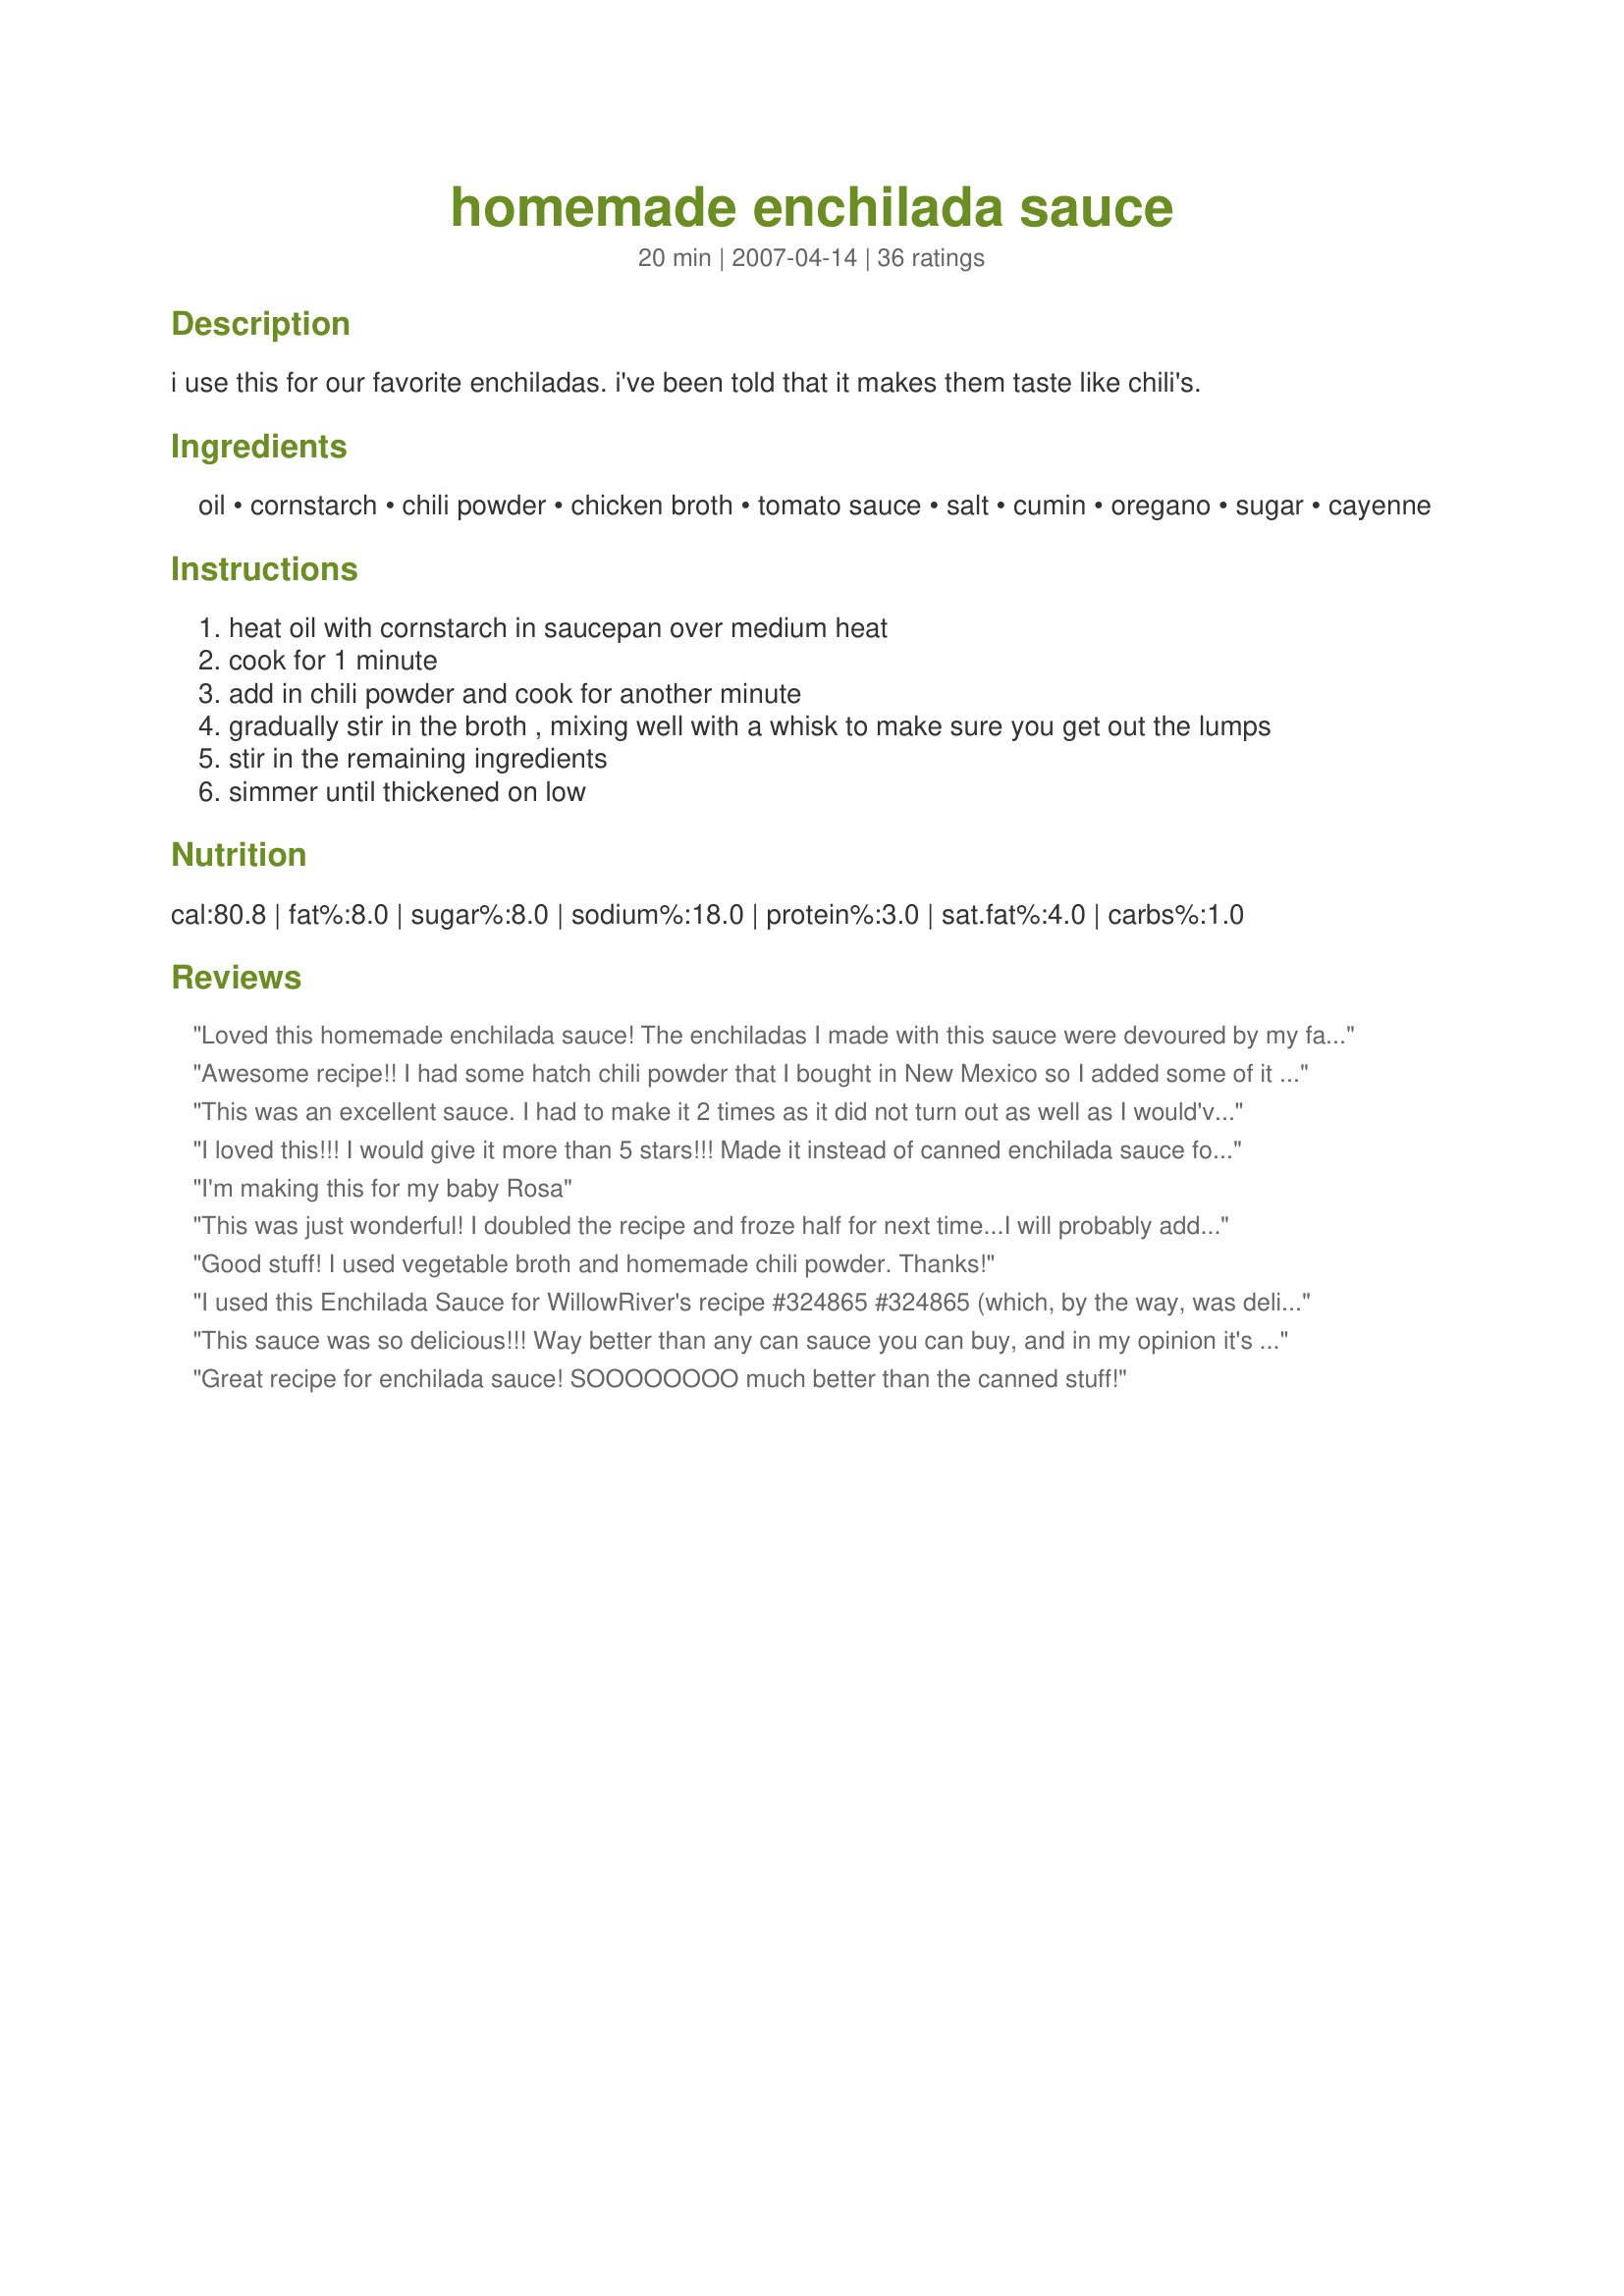
homemade enchilada sauce
Preparation time: 20 minutes

i use this for our favorite enchiladas. i've been told that it makes them taste like chili's.

Ingredients:
oil, cornstarch, chili powder, chicken broth, tomato sauce, salt, cumin, oregano, sugar, cayenne

Steps:
heat oil with cornstarch in saucepan over medium heat
cook for 1 minute
add in chili powder and cook for another minute
gradually stir in the broth , mixing well with a whisk to make sure you get out the lumps
stir in the remaining ingredients
simmer until thickened on low

Reviews:
Loved this homemade enchilada sauce! The enchiladas I made with this sauce were devoured by my family. I am saving this recipe and will definitely be making it again. Thank you for sharing!!!
Awesome recipe!! I had some hatch chili powder that I bought in New Mexico so I added some of it to this recipe. It gave it a slightly smokey flavor that was delicious! I doubled the recipe and made about 20 enchiladas. I will definitely use this recipe whenever I need enchilada sauce- thanks for posting it.
This was an excellent sauce. I had to make it 2 times as it did not turn out as well as I would've liked the first time. The second time I used butter instead of oil and I did not cook the mixture for a minute after I added the chili powder... it was delicious!
I loved this!!! I would give it more than 5 stars!!! Made it instead of canned enchilada sauce for Recipe #187569 and will probably never buy the canned again. It was easy to make and the result.. Well homemade. I'm so glad I have this recipe now... Thanks for sharing. (Made for March Bevy Tag)
I'm making this for my baby Rosa
This was just wonderful! I doubled the recipe and froze half for next time...I will probably add this to my OAMC collection - would be great to have on hand in the freezer just to pull out when needed. Although DH and I love spicy things, I did not add the cayenne for my children's sake. Made for Potluck Tag march 2008.
Good stuff! I used vegetable broth and homemade chili powder. Thanks!
I used this Enchilada Sauce for WillowRiver's recipe #324865 #324865 (which, by the way, was delicious). The sauce was wonderful! Thanks for a great, simple recipe! Made for I Recommend Tag Game, 2/18/09 - NELady.
This sauce was so delicious!!! Way better than any can sauce you can buy, and in my opinion it's better than any restuarant! I doubled the recipe, however I used only a pinch of oregano.
Great recipe for enchilada sauce! SOOOOOOOO much better than the canned stuff!
AWESOME!!! AWESOME!!! AWESOME!!! What else can you say???? This sauce was amazing. We are from the SW and just couldn't duplicate the awesome flavor of homemade enchilada sauce until now. I doubled the recipe for a 9x13 pan about 20 single rolled enchiladas and had a bit left over. This sauce is perfect, you will not be disappointed!! Thanks for sharing SweetsLady!
Perfect! I made this in advance and kept it in the fridge for a few days before using in my enchiladas - delicious!! Made for Recipe Swap#14 in the Aus/NZ forum
AMAZING!!!!!!!!!!!!!!!!!!!!!!!!!!!!!!!!!!!!!!!!!!!!!!!!! This is the first sauce I ever attempted to make from scratch and it will forever be the recipe I use. Perfect flavor (I used 1/8 cup chili powder which gave it the perfect spice... not too hot, not too mild). Nothing but good things to say. I could go on forever.
This recipe is very easy to do. And the taste is so good. I used it in recipe#203919. I used 1/8 cup of chili powder. I omitted the salt. Thanks SweetsLady :) Made for PRMR tag game
Very good and easy to make. I had never made enchilada sauce before. I followed the recipe as written except I didn't add the cayenne as I don't like things too spicy. Will be using this recipe in the future when I need enchilada sauce.
I give 2 stars because I'm not sure if it was just me. I believe I am a pretty good cook and I couldn't wait to try this!! However, I never attempted enchiladas before and refused to use the can sauce. I don't know if someone could help me w/what I may have done wrong. By the other reviews, it was probably just my lack of enchilada knowledge. But the sauce was WAY to thick for me. Nothing I did made it thinner. I tried adding more broth and when I ran out of broth I tried water. Nothing worked! And I do like the sauce thick, but this was to where I had to spread it with a spoon and it was extremely hard to dip the tortillas. I also felt it had virtually no flavor and tried adding additional spices with still not achieving the flavor I was looking for. I even tried cocoa which was a suggested Mexican secret with many recipes. Like I said, it was probably just me. But my excitement moved to discouragement. I think I will have to keep looking. :(
Can you make this with Veggie broth/stock?
Wow! I am not a huge fan of enchilada sauce, but this is the best I have ever had! Halved the sugar and salt for our tastes. I was afraid of not being able to get the clumps out (I also wasn't sure if it was because I used less oil), but it did work to whisk it. Much better than you can get in any restaurant (and we get good Mexican food in CA)!
This seriously fantastic stuff! I added a little onion and garlic, made some in a matter of minutes, and trust me, it's incredibly good!
I really liked this. Used only 1.5 tablespoons of cornstarch and 2 tablespoons of chili powder (mixture of mild and hot) and it turned out perfect. I had no idea how fast and easy it is to make this from basic ingredients. Super happy that I won't ever have to buy the canned stuff again!
Excellent and in my opinion a very authentic tasting sauce. I made 2 pans of enchiladas(16 total) and doubled the sauce as we like a good coating. There was a little left....maybe a cup. I shredded a deli chicken and then mixed with a cup of the sauce and a cup of chopped onions with the chicken in a large bowl.We also stuffed a little cheese inside as well. Oh....I did use a 1/4 cup of chili powder and a teaspoon of cayenne! Great
Now that I have this great recipe I don't have to use that canned stuff anymore, which is fine by me! Cheaper to make then to buy, this is going to be made often!
I loved this! Very nice flavor. I used it to make an enchilada casserole, and it was very good. I had no idea how to make enchilada sauce. It's very easy, thanks so much for posting, SweetsLady!
Just made this! Looks great, tastes great... about to assemble my enchiladas and we'll see how the family likes it :) Thank you!
LOVE this sauce, only used1 1/2 tbsp of corn starch
I can't believe I forgot to review this before now. This IS my go-to recipe for enchiladas & burritos. I don't buy the canned stuff anymore. Perfect recipe!
I finally found a great homemade enchilada sauce. I hate to buy the mix but could never find a good one. This is IT! My biggest complaint about homemade ones is the overkill tomato taste, well this one wasn't enough ;) I ended up using the whole 8 oz can and it was PERFECT! Only used 1/4 chili powder and it was quite spicy (might have been the brand?) so no cayenne here. Thanks for a great recipe.
Well, I am so tired of paying the HIGH price of Old El Paso's enchilada sauce in the grocery store. I'm determined to duplicate it! It has a flavor that I LOVE, and I want to make it. I'm an excellent cook and baker, as I'm told, and I think I can do it. THIS recipe is very close and VERY GOOD! I've read many other recipes and this one uses the same ingredients; they've all had great reviews. I make home-made tamales every year; I use a ancho chile sauce made out of pureed ancho chiles. I've been told I should go into business making tamales. I have to admit--the are FAB! However, I really want to find out what Old El Paso uses; I can not pin point the spice. For this recipe, I did add more oil, sugar, cumin, added cinnamon and a pinch of ground clove. It's is very good! STILL--looking for the Paso flavor...
I have made this three time and it has passed the test! Wonderful recipe. Fast, Easy and Delish!!
I used this sauce with Recipe #346128 instead of canned. It was excellent! Thanks for sharing, SweetsLady!
Made this sauce twice now. First time it turned out good but gave us heartburn. Made it again tonight. I used 1/8 tsp of cumin and oregano and just 2 TBL of chili powder turn dial down the spices. I was afraid of it being too bland. Not at all! Delicious! I have finally found a great brown enchilada sauce. Also, I used butter instead of vegetable oil.
Excellent sauce! I used this sauce with some Beef chipotle enchiladas. It was enough sauce for an 8x8 dish.
Wow! I will never buy canned again. Absolutely amazing and super easy. I doubled not realizing the end amount. Was able to have more than I usually use PLUS enough for the next time I make enchiladas. Love that the recipes uses everything I keep as a staple.
WONDERFUL recipe! I especially appreciate the fact that you can control spiciness and sodium. The flavor is delcious. For more of a creamy casserole effect, I melted 4 oz. of cream cheese into the sauce. I also agree with other reviews to double the recipe for a 9x13 pan. I mixed part of this sauce with my shredded chicken to stuff the tortillas and poured the rest over top. Sprinkle a little cheese on top and you'll have the best homemade enchiladas north of the border!:)
I followed this recipe, but made changes to suit our tastes as follows: Used 1 8 oz container tomato sauce, 3 TBL Chili Powder, 1 TBL Ancho Chile Powder, and all else as written. I used this to make what I call enchilada lasagna....quite good. Thank you.
We really enjoyed this sauce. I omitted the salt and sugar and used homemade tomato sauce. It was excellent! Thanks for sharing!
